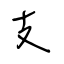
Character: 支